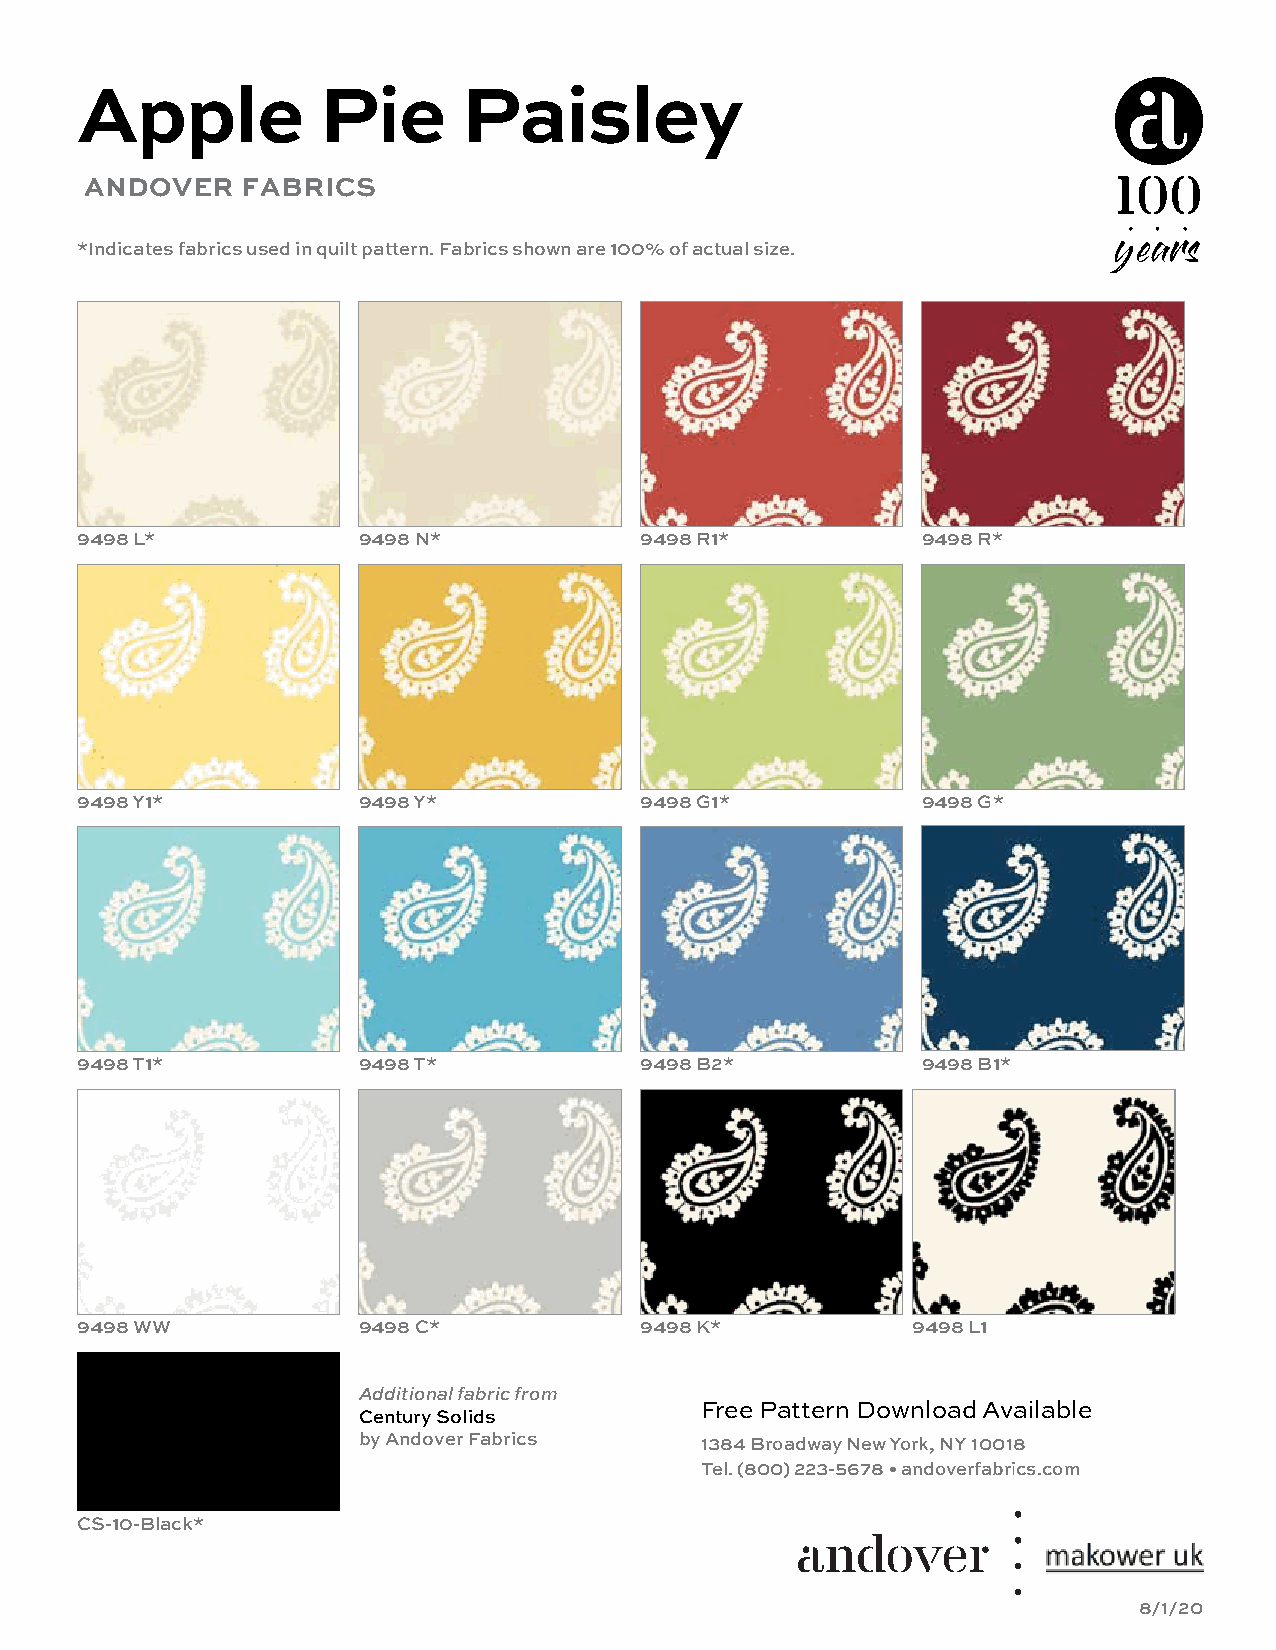
Apple           Pie       Paisley
 ANDOVER   FABRICS
 *Indicates fabrics used in quilt pattern. Fabrics shown are 100% of actual size.
 9498 L*            9498 N*           9498 R1*           9498 R*
 9498 Y1*           9498 Y*           9498 G1*           9498 G*
 9498 T1*           9498 T*           9498 B2*           9498 B1*
 9498 WW            9498 C*           9498 K*           9498 L1
 Additional fabric from
 Free Pattern Download Available
 Century Solids
 by Andover Fabrics    1384 Broadway New York, NY 10018
 Tel. (800) 223-5678 • andoverfabrics.com
 CS-10-Black*
 8/1/20